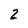
Character: 2